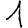
Digit: 1